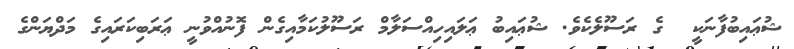
ޝުޢައިބުފާނަކީ  ގެ ރަސޫލެކެވެ. ޝުޢައިބު ޢަލައިހިއްސަލާމް ރަސޫލުކަމާއިގެން ފޮނުއްވުނީ ޢަރަބިކަރައިގެ މަދްޔަންގެ